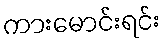
ကားမောင်းရင်း